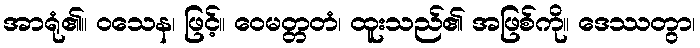
အာရုံ၏။ ဝသေန၊ ဖြင့်။ ဝေမတ္တတံ၊ ထူးသည်၏ အဖြစ်ကို။ ဒေဿတွာ၊